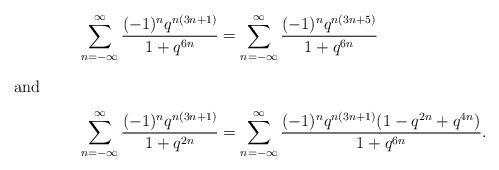
LaTeX: \begin{align*}\sum_{n=-\infty}^\infty \frac{(-1)^nq^{n(3n+1)}}{1+q^{6n}}&=\sum_{n=-\infty}^\infty \frac{(-1)^nq^{n(3n+5)}}{1+q^{6n}}\intertext{and}\sum_{n=-\infty}^\infty \frac{(-1)^nq^{n(3n+1)}}{1+q^{2n}}&=\sum_{n=-\infty}^\infty \frac{(-1)^nq^{n(3n+1)}(1-q^{2n}+q^{4n})}{1+q^{6n}}.\end{align*}